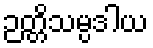
ဉတ္တိသမ္ပဒါယ